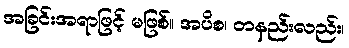
အခြင်းအရာဖြင့် မဖြစ်။ အပိစ၊ တနည်းလည်း၊